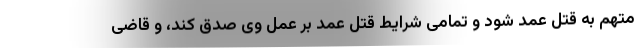
متهم به قتل عمد شود و تمامی شرایط قتل عمد بر عمل وی صدق کند، و قاضی